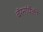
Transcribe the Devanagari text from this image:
बॅरनांपैकी